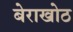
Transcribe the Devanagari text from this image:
बेराखोठ